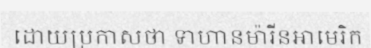
ដោយប្រកាសថា ទាហានម៉ារីនអាមេរិក